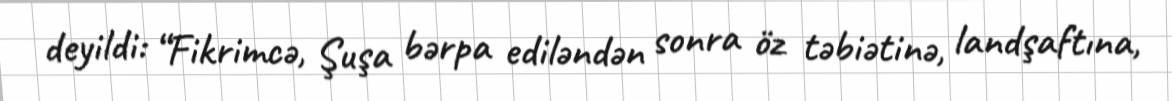
deyildi: “Fikrimcə, Şuşa bərpa ediləndən sonra öz təbiətinə, landşaftına,